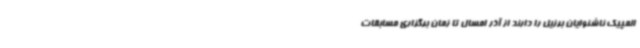
المپیک ناشنوایان برزیل را دارند از آذر امسال تا زمان برگزاری مسابقات